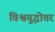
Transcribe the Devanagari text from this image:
विश्वयुद्धोत्तर